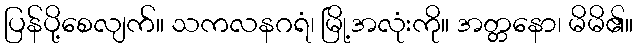
ပြန်ပို့စေလျက်။ သကလနဂရံ၊ မြို့အလုံးကို။ အတ္တနော၊ မိမိ၏။